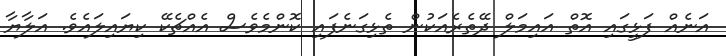
އަނެއް ފަޅީގައި އޮތް އައިމަލް ދޭތެރެއަކުން ތެޅިގަނެފައި ކޮންމެވެސް އެއްޗެކޭ ކިޔައިލައެވެ. އަލާޔާ